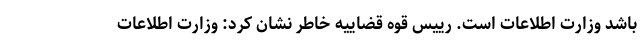
باشد وزارت اطلاعات است. رییس قوه قضاییه خاطر نشان کرد: وزارت اطلاعات